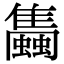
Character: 𧔰